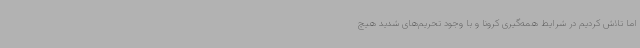
اما تلاش کردیم در شرایط همه‌گیری کرونا و با وجود تحریم‌های شدید هیچ